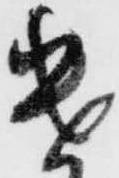
遣